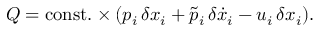
Q = \mathrm { c o n s t . } \times ( p _ { i } \, \delta x _ { i } + \tilde { p } _ { i } \, \delta \dot { x } _ { i } - u _ { i } \, \delta x _ { i } ) .